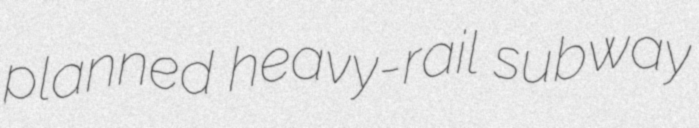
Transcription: planned heavy-rail subway